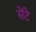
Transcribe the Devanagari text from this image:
सेंटे